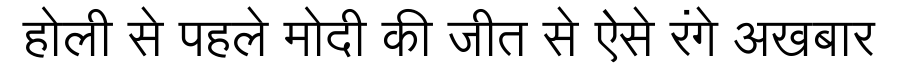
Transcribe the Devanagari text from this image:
होली से पहले मोदी की जीत से ऐसे रंगे अखबार